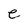
Character: e